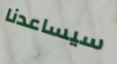
سيساعدنا